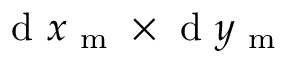
\mathrm { ~ d ~ } x _ { \mathrm { ~ m ~ } } \times \mathrm { ~ d ~ } y _ { \mathrm { ~ m ~ } }